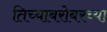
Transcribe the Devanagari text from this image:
तिच्याबरोबरच्या